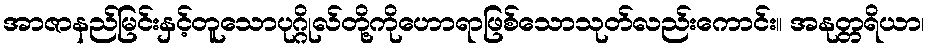
အာဇာနည်မြင်းနှင့်တူသောပုဂ္ဂိုလ်တို့ကိုဟောရာဖြစ်သောသုတ်လည်းကောင်း။ အနုတ္တရိယာ၊